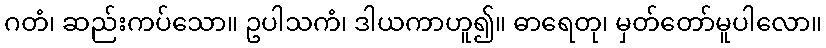
ဂတံ၊ ဆည်းကပ်သော။ ဥပါသကံ၊ ဒါယကာဟူ၍။ ဓာရေတု၊ မှတ်တော်မူပါလော။